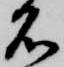
名